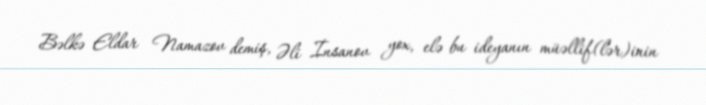
Bəlkə Eldar Namazov demiş, Əli İnsanov yox, elə bu ideyanın müəllif(lər)inin